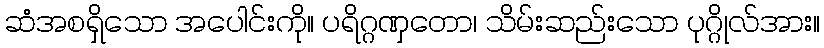
ဆံအစရှိသော အပေါင်းကို။ ပရိဂ္ဂဏှတော၊ သိမ်းဆည်းသော ပုဂ္ဂိုလ်အား။